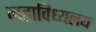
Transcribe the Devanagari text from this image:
महाविध्यलय